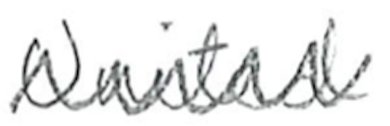
Text: United
Cross-out: zig-zag
Writing tool: pencil